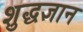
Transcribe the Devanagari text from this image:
शुद्धज्ञान